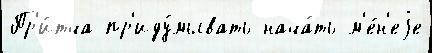
Пр'и́тча пр'иду́мывать нача́ть м'е́н'еjе